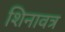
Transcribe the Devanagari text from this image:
शिनावत्र